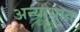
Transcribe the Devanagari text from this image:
अन्यायात